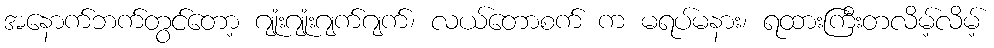
အနောက်ဘက်တွင်တော့ ဂျုံးဂျုံးဂျက်ဂျက်၊ လယ်တောစက် က မရပ်မနား၊ ရထားကြီးတလိမ့်လိမ့်